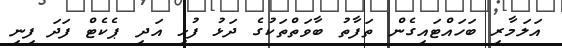
އަލަމާރި ބަހައްޓައިގެން ތަފާތު ބާވަތްތަކުގެ ދަޅު ފުޅި އަދި ޕެކެޓް ފަދަ ފިނި